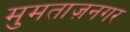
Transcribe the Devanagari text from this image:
मुमताज़नगर